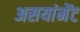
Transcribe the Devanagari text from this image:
असयांमेंट